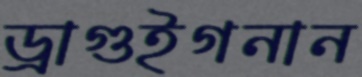
ড্রাগুইগনান